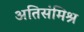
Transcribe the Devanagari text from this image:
अतिसंमिश्र